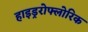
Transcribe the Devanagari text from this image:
हाइड्ररोफ्लोरिक